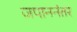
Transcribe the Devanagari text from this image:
जपाननंतर